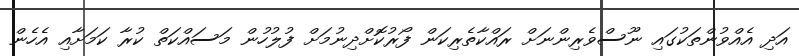
އަދި އެއްވުންތަކުގައި ނޫސްވެރިންނަށް ރައްކާތެރިކަން ފޯރުކޮށްދިނުމަށް ފުލުހުން މަސައްކަތް ކުރާ ކަމަށާއި އެހެން